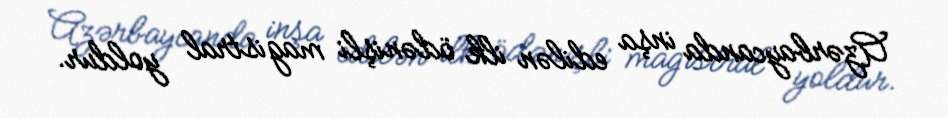
Azərbaycanda inşa edilən ilk ödənişli magistral yoldur.